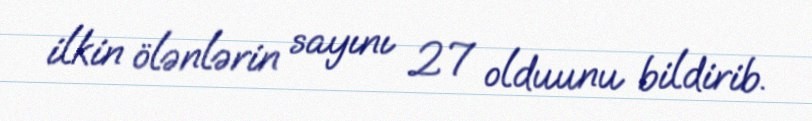
ilkin ölənlərin sayını 27 olduunu bildirib.